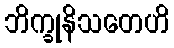
ဘိက္ခုနိသတေဟိ